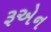
રૂએન